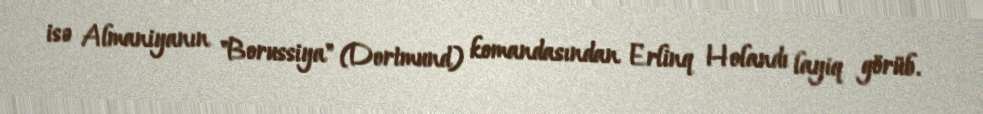
isə Almaniyanın "Borussiya" (Dortmund) komandasından Erlinq Holandı layiq görüb.